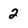
Character: 2